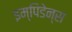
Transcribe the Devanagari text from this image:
इम्पिडेन्स